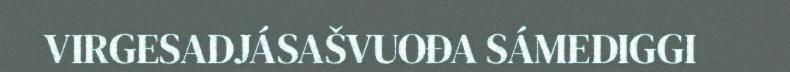
VIRGESADJÁSAŠVUOĐA SÁMEDIGGI